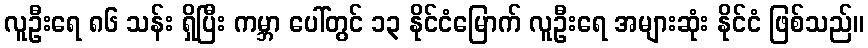
လူဦးရေ ၈၆ သန်း ရှိပြီး ကမ္ဘာ ပေါ်တွင် ၁၃ နိုင်ငံမြောက် လူဦးရေ အများဆုံး နိုင်ငံ ဖြစ်သည်။